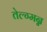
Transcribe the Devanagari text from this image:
तेल्ग्मन्न